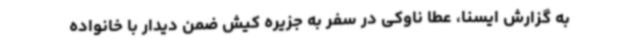
به گزارش ایسنا، عطا ناوکی در سفر به جزیره کیش ضمن دیدار با خانواده